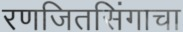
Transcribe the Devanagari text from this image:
रणजितसिंगाचा